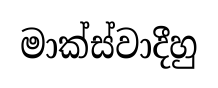
මාක්ස්වාදීහු